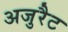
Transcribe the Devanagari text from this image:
अजुरैट